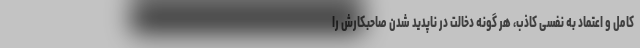
کامل و اعتماد به نفسی کاذب، هر گونه دخالت در ناپدید شدن صاحبکارش را